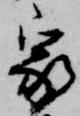
家